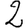
Digit: 2